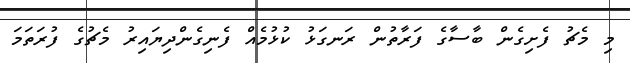
މި މެޗު ފެށިގެން ބާސާގެ ފަރާތުން ރަނގަޅު ކުޅުމެއް ފެނިގެންދިޔައިރު މެޗުގެ ފުރަތަމަ